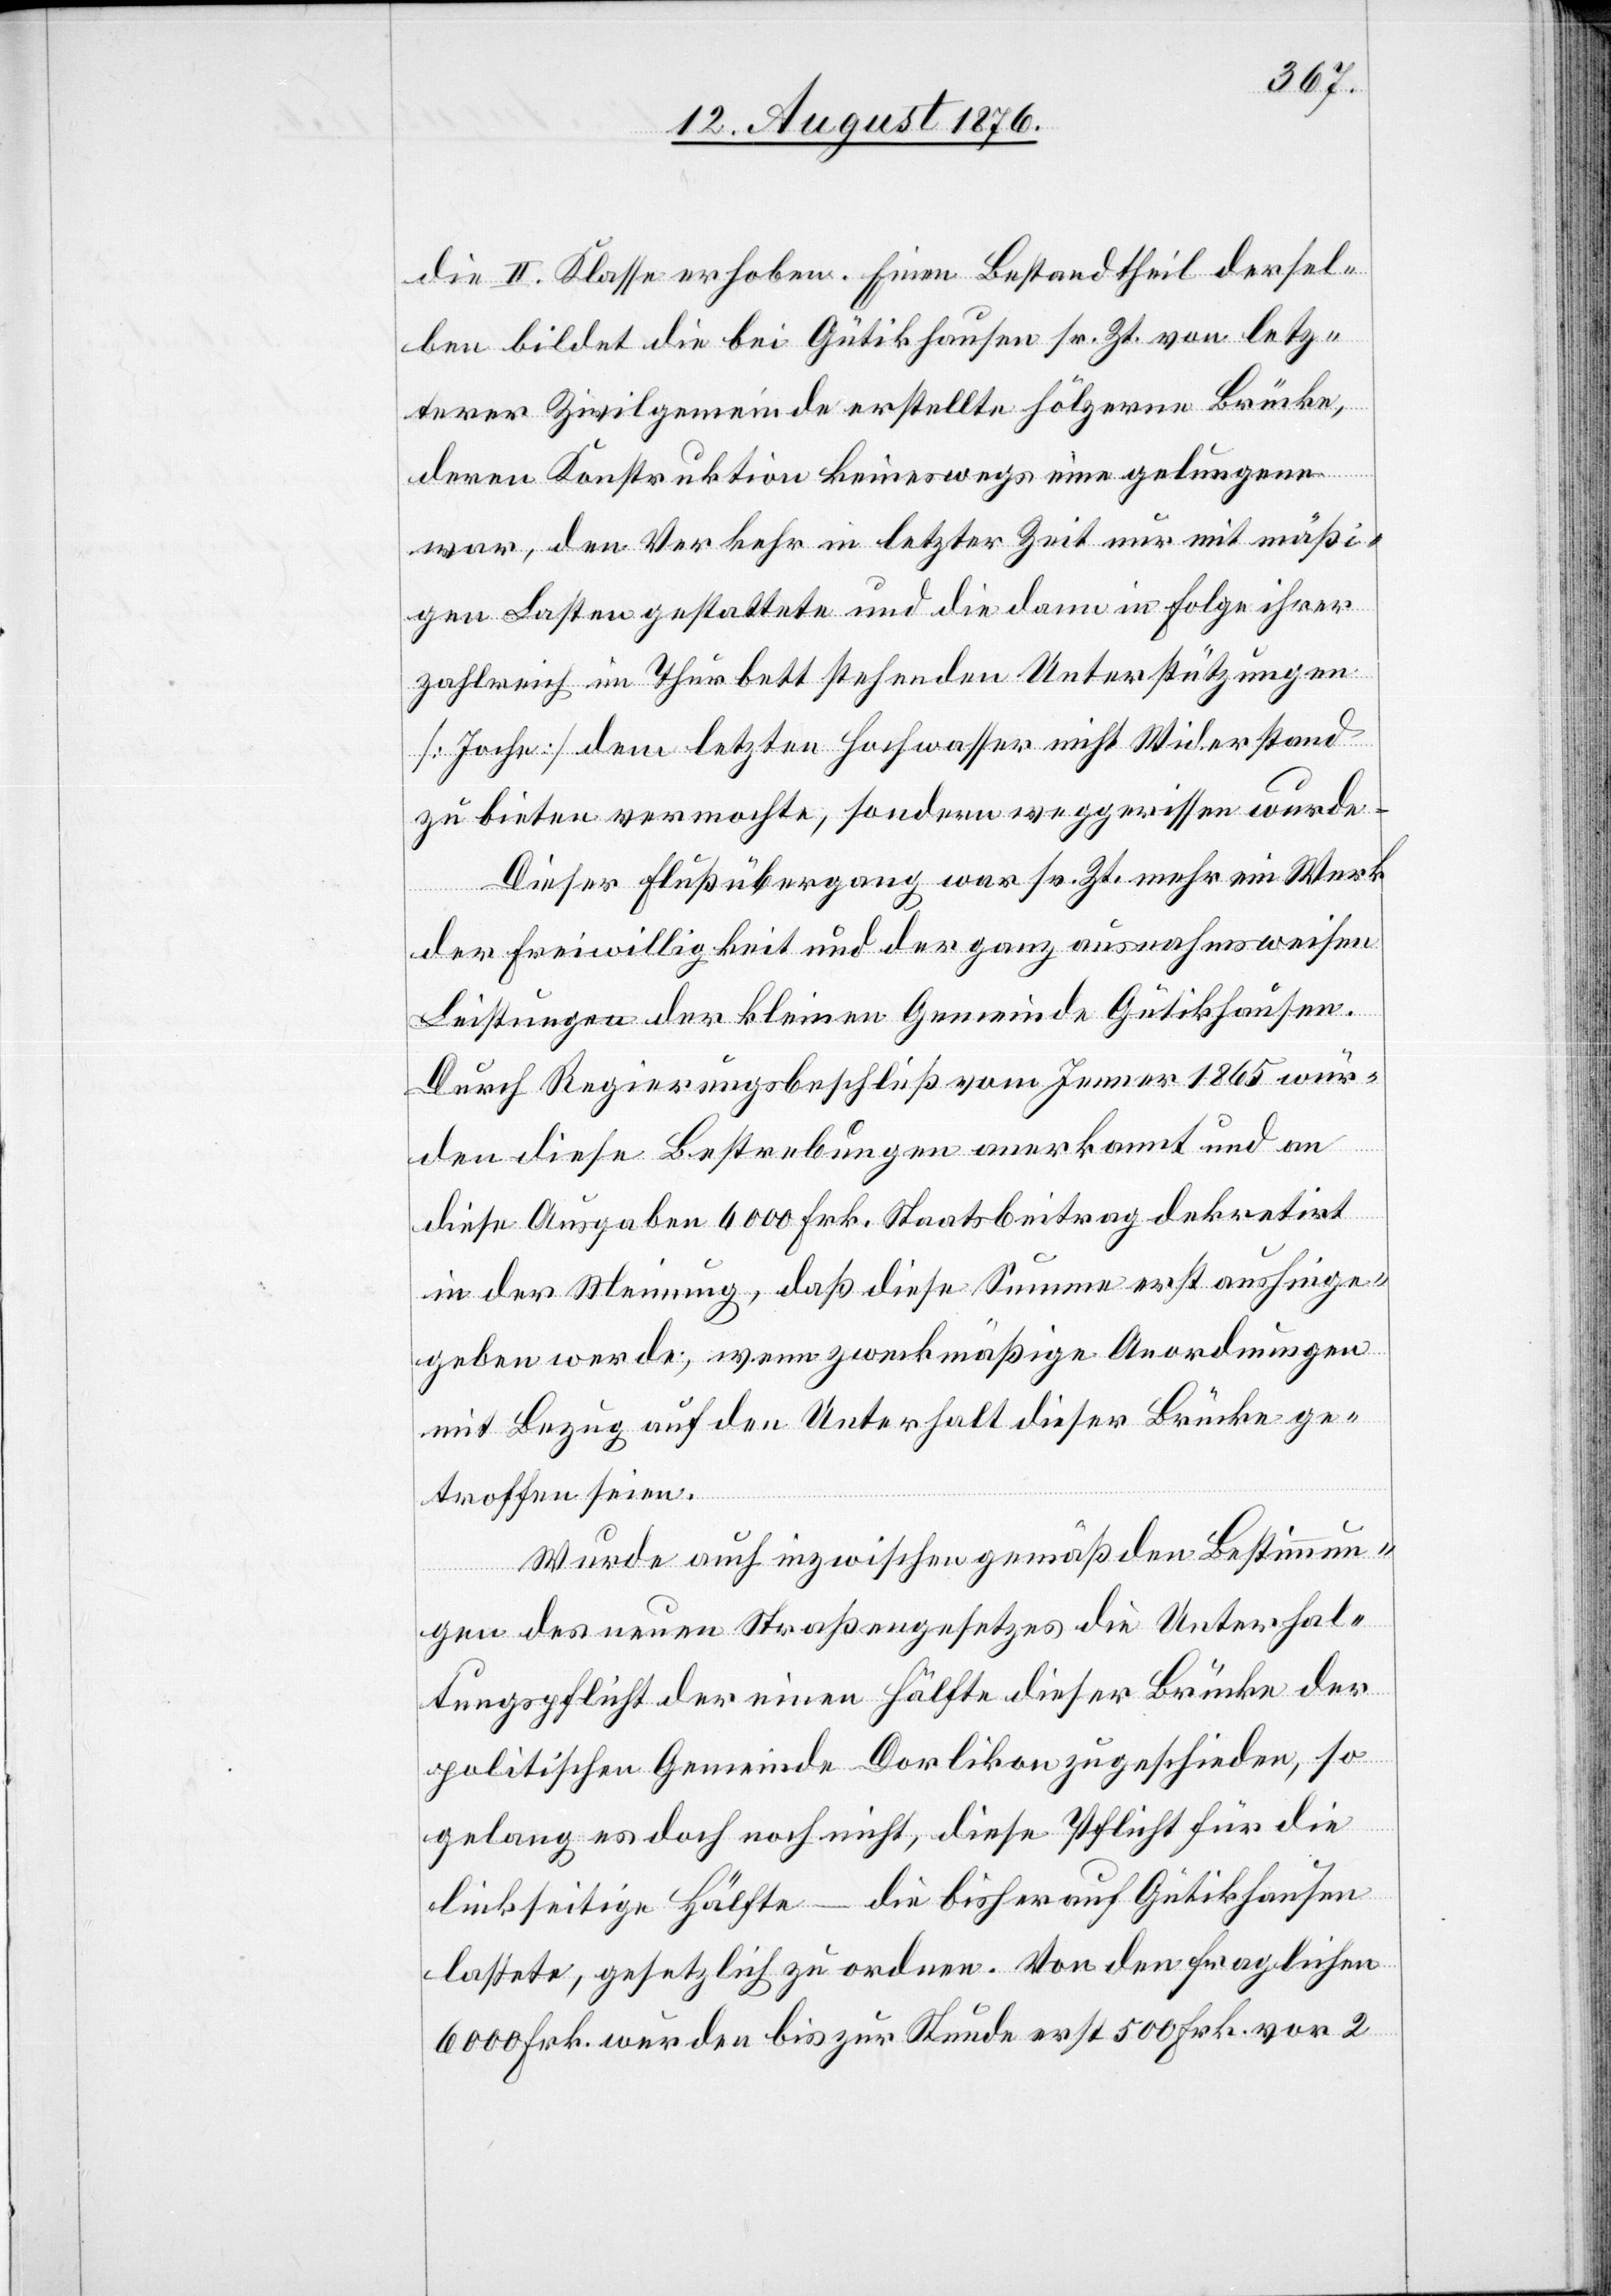
die II. Klasse erhoben. Einen Bestandtheil dersel¬
ben bildet die bei Gütikhausen sr. Zt. von letz¬
terer Zivilgemeinde erstellte hölzerne Brücke,
deren Konstruktion keineswegs eine gelungene
war, den Verkehr in letzter Zeit nur mit mäßi¬
gen Lasten gestattete und die dann in Folge ihrer
zahlreich im Thurbett stehenden Unterstützungen
[Joche] dem letztern Hochwasser nicht Widerstand
zu bieten vermochte, sondern wegerissen wurde.
Dieser Flußübergang war sr. Zt. mehr ein Werk
der Freiwilligkeit und der ganz ausnahmsweisen
Leistungen der kleinen Gemeinde Gütikhausen.
Durch Regierungsbeschluß vom Jenner 1865 wür¬
den diese Bestrebungen anerkannt und an
diese Ausgaben 6000 Frk. Staatsbeitrag dekretirt
in der Meinung, daß diese Summe erst aushinge¬
geben werde, wenn zweckmäßige Anordnungen
mit Bezug auf den Unterhalt dieser Brücke be¬
troffen seien.
Wurde auch inzwischen gemäß den Bestimmun¬
gen des neuen Straßengesetzes die Unterhal¬
tungspflicht der einen Hälfte dieser Brücke der
politischen Gemeinde Dorlikon zugeschieden, so
gelang es doch nicht, diese Pflicht für die
linkseitige Hälfte – die bisher auf Gütikhausen
lastet, gesetzlich zu ordnen. Von den fraglichen
6000 Frk. wurden bis zur Stunde erst 500 Frk. vor 2